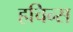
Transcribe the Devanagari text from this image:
हचिन्स